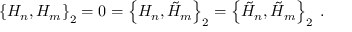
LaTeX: \left\{ H _ { n } , H _ { m } \right\} _ { 2 } = 0 = \left\{ H _ { n } , \tilde { H } _ { m } \right\} _ { 2 } = \left\{ \tilde { H } _ { n } , \tilde { H } _ { m } \right\} _ { 2 } \; .